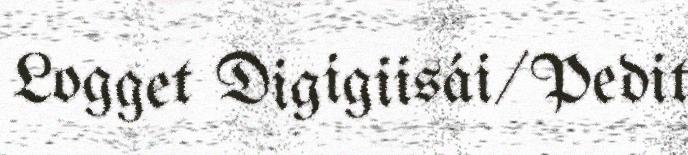
Logget Digigiisái/Pedit